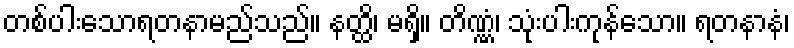
တစ်ပါးသောရတနာမည်သည်။ နတ္ထိ၊ မရှိ။ တိဏ္ဏံ၊ သုံးပါးကုန်သော။ ရတနာနံ၊